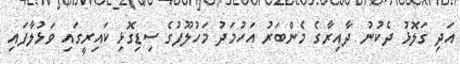
އަދި ގަލޮޅު ދެކުނު ދާއިރާގެ މެންބަރު އަހުމަދު މަހުލޫފުގެ ސިޑިގޮޅި ކައިރީގައި ވަޅުލާފައި